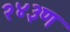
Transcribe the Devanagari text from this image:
२४३ण